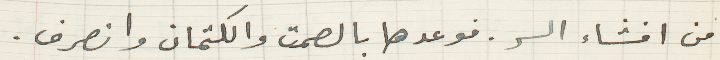
من افشاء السر. فوعدها بالصمت والكتمان وانصرف.